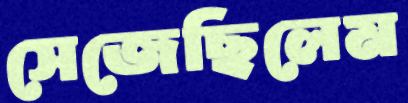
সেজেছিলেম